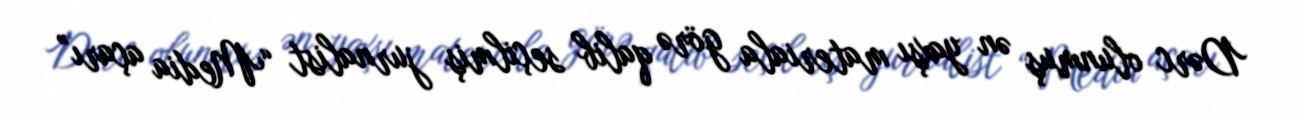
Dərc olunmuş ən yaxşı materiala görə qalib seçilmiş jurnalist “Media açarı”